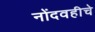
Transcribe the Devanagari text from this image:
नोंदवहीचे